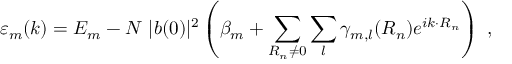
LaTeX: \varepsilon _ { m } ( { \boldsymbol { k } } ) = E _ { m } - N \ | b ( 0 ) | ^ { 2 } \left( \beta _ { m } + \sum _ { { \boldsymbol { R _ { n } } } \neq 0 } \sum _ { l } \gamma _ { m , l } ( { \boldsymbol { R _ { n } } } ) e ^ { i { \boldsymbol { k } } \cdot { \boldsymbol { R _ { n } } } } \right) \ ,